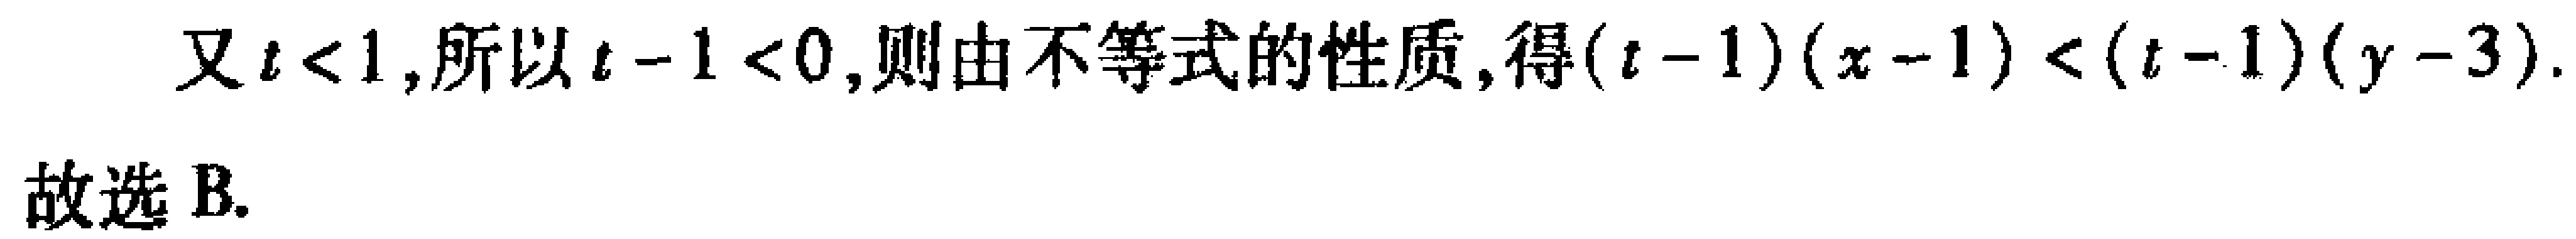
又\(t < 1\)，所以\(t - 1 < 0\)，则由不等式的性质，得\((t - 1)(x - 1) < (t - 1)(y - 3)\).

故选 B.